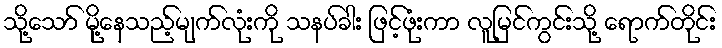
သို့သော် မို့နေသည့်မျက်လုံးကို သနပ်ခါး ဖြင့်ဖုံးကာ လူမြင်ကွင်းသို့ ရောက်တိုင်း